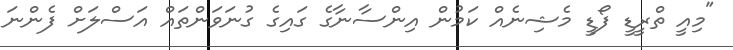
"މިއީ ތްރީޑީ ފޯޑީ މެޝިނެއް ކަމުން އިންސާނާގެ ގައިގެ ގުނަވަންތައް އަސްލަށް ފެންނަ